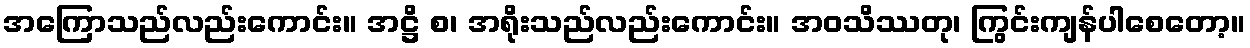
အကြောသည်လည်းကောင်း။ အဋ္ဌိ စ၊ အရိုးသည်လည်းကောင်း။ အဝသိဿတု၊ ကြွင်းကျန်ပါစေတော့။